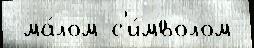
 ма́лом с'и́мволом